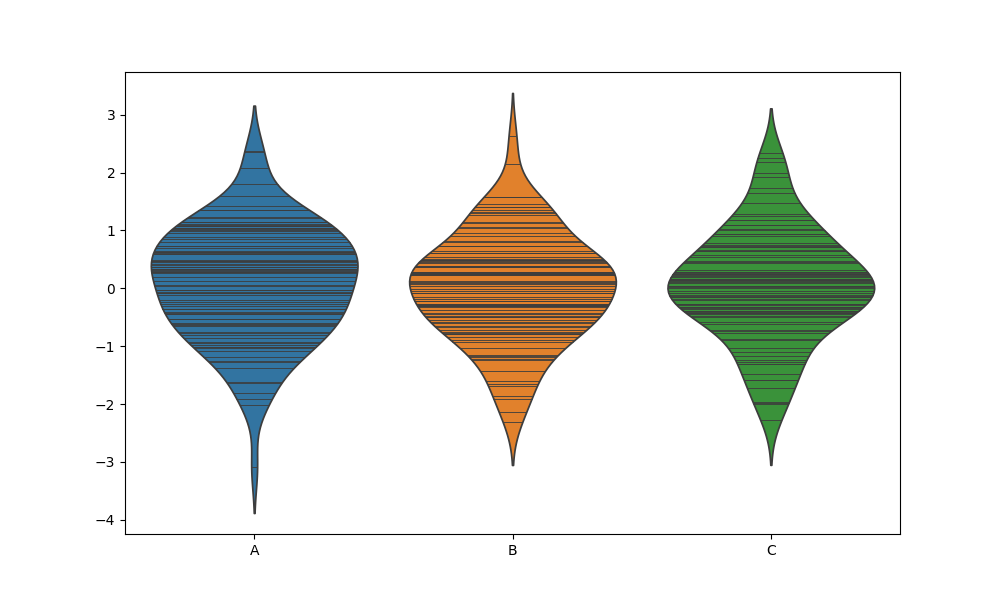
python, seaborn, violinplot, scale='count', split='False', inner='stick', fill='True'